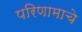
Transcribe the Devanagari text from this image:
परिणामाचे